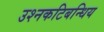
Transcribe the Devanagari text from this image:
उश्नकटिबन्धिय